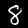
Label: 8